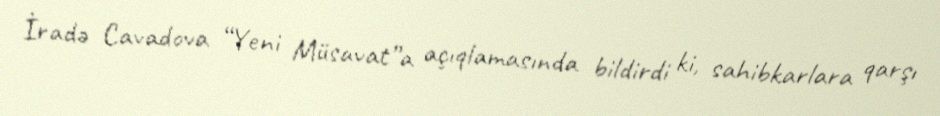
İradə Cavadova “Yeni Müsavat”a açıqlamasında bildirdi ki, sahibkarlara qarşı